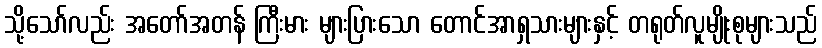
သို့သော်လည်း အတော်အတန် ကြီးမား များပြားသော တောင်အာရှသားများနှင့် တရုတ်လူမျိုးစုများသည်